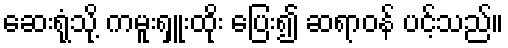
ဆေးရုံသို့ ကမူးရှူးထိုး ပြေး၍ ဆရာဝန် ပင့်သည်။